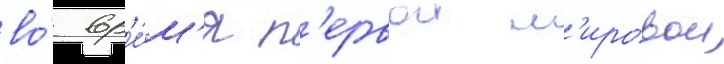
во́ вр'е́м'я п'ервои м'ировои